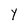
Character: Y